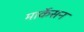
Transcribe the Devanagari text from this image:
मार्केसन